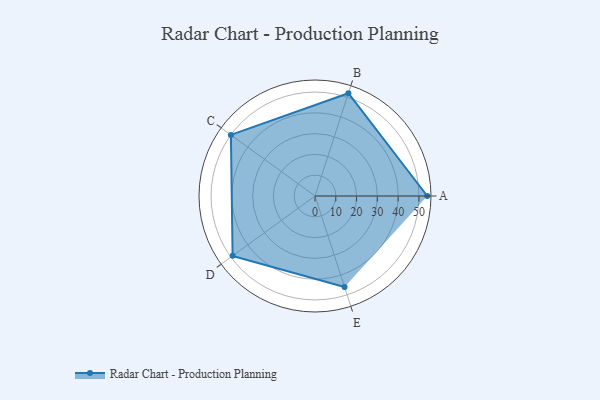
{"axis": {"x": "Skill", "y": "Score"}, "legend": ["Profile"], "data": [{"x": "A", "y": 54.0, "type": "Profile"}, {"x": "B", "y": 52.0, "type": "Profile"}, {"x": "C", "y": 50.0, "type": "Profile"}, {"x": "D", "y": 49.0, "type": "Profile"}, {"x": "E", "y": 46.0, "type": "Profile"}]}